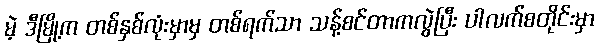
မဲ့ ဒီမြို့က တစ်နှစ်လုံးမှာမှ တစ်ရက်သာ သန့်စင်တာကလွဲပြီး ပါလက်စတိုင်းမှာ